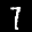
Label: 7